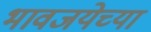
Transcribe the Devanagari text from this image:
भावजयेच्या